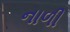
નાળી